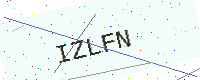
Text: IZLFN